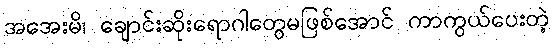
အအေးမိ၊ ချောင်းဆိုးရောဂါတွေမဖြစ်အောင် ကာကွယ်ပေးတဲ့